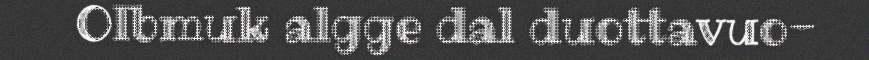
Olbmuk algge dal duottavuo-